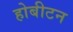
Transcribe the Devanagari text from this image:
होबीटन